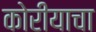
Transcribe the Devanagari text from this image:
कोरीयाचा